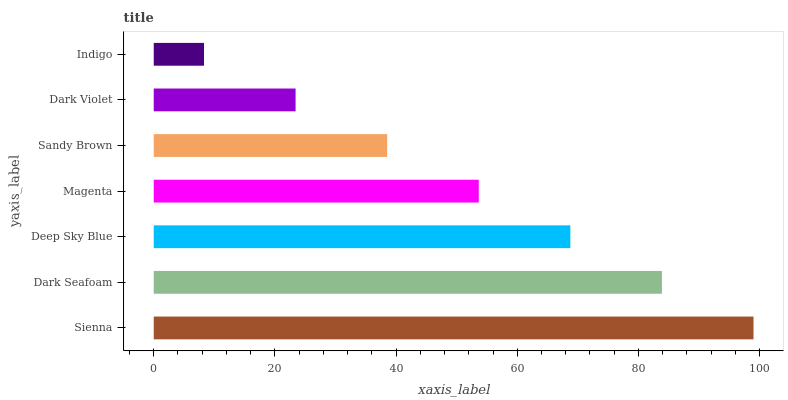
| yaxis_label | bars |
 | --- | --- |
 | Sienna | 99 |
 | Dark Seafoam | 83.9 |
 | Deep Sky Blue | 68.8 |
 | Magenta | 53.6 |
 | Sandy Brown | 38.5 |
 | Dark Violet | 23.4 |
 | Indigo | 8.3 |